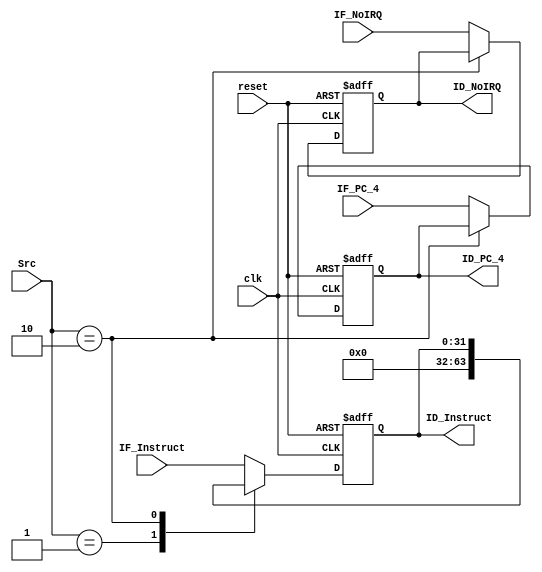
module IF_ID(
    input reset, clk,
    input [1:0] Src,

    input [31:0] IF_PC_4,
    input [31:0] IF_Instruct,
    input IF_NoIRQ,

    output reg [31:0] ID_PC_4,
    output reg [31:0] ID_Instruct,
    output reg ID_NoIRQ
);
always @(negedge reset or posedge clk) begin
    if (~reset) begin
        ID_PC_4 <= 32'b0;
        ID_Instruct <= 32'b0;
        ID_NoIRQ <= 0;
    end else
    case (Src)
        0:begin
            ID_PC_4 <= IF_PC_4;
            ID_Instruct <= IF_Instruct;
            ID_NoIRQ <= IF_NoIRQ;
        end
        1:begin // stall
            ID_PC_4 <= IF_PC_4; // PC_4stall
            ID_Instruct <= 32'b0;
            ID_NoIRQ <= IF_NoIRQ;
        end
        2:begin // hold
            ID_PC_4 <= ID_PC_4;
            ID_Instruct <= ID_Instruct;
            ID_NoIRQ <= ID_NoIRQ;
        end
        default:begin
            ID_PC_4 <= IF_PC_4;
            ID_Instruct <= IF_Instruct;
            ID_NoIRQ <= IF_NoIRQ;
        end
    endcase
end
endmodule

module ID_EX(
    input reset, clk, Stall,

    input [31:0] ID_PC_4,
    input [4:0] ID_Shamt,
    input [4:0] ID_Rd, ID_Rt, ID_Rs,
    input [31:0] ID_DataBusA, ID_DataBusB,
    input ID_ALUSrc1, ID_ALUSrc2,
    input [1:0] ID_RegDst,
    input ID_RegWr,
    input [5:0] ID_ALUFun,
    input ID_MemWr, ID_MemRd,
    input [1:0] ID_MemToReg,
    input [31:0] ID_LUOut,

    output reg [31:0] EX_PC_4,
    output reg [4:0] EX_Shamt,
    output reg [4:0] EX_Rd, EX_Rt, EX_Rs,
    output reg [31:0] EX_DataBusA, EX_DataBusB,
    output reg EX_ALUSrc1, EX_ALUSrc2,
    output reg [1:0] EX_RegDst,
    output reg EX_RegWr,
    output reg [5:0] EX_ALUFun,
    output reg EX_MemWr, EX_MemRd,
    output reg [1:0] EX_MemToReg,
    output reg [31:0] EX_LUOut
);
always @(negedge reset or posedge clk) begin
    if (~reset) begin
        EX_PC_4 <= 32'b0;
        EX_Shamt <= 5'b0;
        EX_Rd <= 5'b0;
        EX_Rt <= 5'b0;
        EX_Rs <= 5'b0;
        EX_DataBusA <= 32'b0;
        EX_DataBusB <= 32'b0;
        EX_ALUSrc1 <= 1'b0;
        EX_ALUSrc2 <= 1'b0;
        EX_RegDst <= 2'b0;
        EX_RegWr <= 1'b0;
        EX_ALUFun <= 6'b0;
        EX_MemWr <= 1'b0;
        EX_MemRd <= 1'b0;
        EX_MemToReg <= 2'b0;
        EX_LUOut <= 32'b0;
    end else
    if (Stall) begin
        EX_PC_4 <= ID_PC_4; // PC_4stall
        EX_Shamt <= 5'b0;
        EX_Rd <= 5'b0;
        EX_Rt <= 5'b0;
        EX_Rs <= 5'b0;
        EX_DataBusA <= 32'b0;
        EX_DataBusB <= 32'b0;
        EX_ALUSrc1 <= 1'b0;
        EX_ALUSrc2 <= 1'b0;
        EX_RegDst <= 2'b0;
        EX_RegWr <= 1'b0;
        EX_ALUFun <= 6'b0;
        EX_MemWr <= 1'b0;
        EX_MemRd <= 1'b0;
        EX_MemToReg <= 2'b0;
        EX_LUOut <= 32'b0;
    end else begin
        EX_PC_4 <= reset ? ID_PC_4 : 32'b0;
        EX_Shamt <= ID_Shamt;
        EX_Rd <= ID_Rd;
        EX_Rt <= ID_Rt;
        EX_Rs <= ID_Rs;
        EX_DataBusA <= ID_DataBusA;
        EX_DataBusB <= ID_DataBusB;
        EX_ALUSrc1 <= ID_ALUSrc1;
        EX_ALUSrc2 <= ID_ALUSrc2;
        EX_RegDst <= ID_RegDst;
        EX_RegWr <= ID_RegWr;
        EX_ALUFun <= ID_ALUFun;
        EX_MemWr <= ID_MemWr;
        EX_MemRd <= ID_MemRd;
        EX_MemToReg <= ID_MemToReg;
        EX_LUOut <= ID_LUOut;
    end
end
endmodule

module EX_MEM(
    input reset, clk,

    input [31:0] EX_PC_4,
    input [4:0] EX_Rd, EX_Rt,
    input [31:0] EX_ALUOut,
    input [31:0] EX_DataBusB,
    input [1:0] EX_RegDst,
    input EX_RegWr,
    input EX_MemWr, EX_MemRd,
    input [1:0] EX_MemToReg,

    output reg [31:0] MEM_PC_4,
    output reg [4:0] MEM_Rd, MEM_Rt,
    output reg [31:0] MEM_ALUOut,
    output reg [31:0] MEM_DataBusB,
    output reg [1:0] MEM_RegDst,
    output reg MEM_RegWr,
    output reg MEM_MemWr, MEM_MemRd,
    output reg [1:0] MEM_MemToReg
);
always @(negedge reset or posedge clk) begin
    if (~reset) begin
        MEM_PC_4 <= 32'b0;
        MEM_Rd <= 5'b0;
        MEM_Rt <= 5'b0;
        MEM_ALUOut <= 32'b0;
        MEM_DataBusB <= 32'b0;
        MEM_RegDst <= 2'b0;
        MEM_RegWr <= 1'b0;
        MEM_MemWr <= 1'b0;
        MEM_MemRd <= 1'b0;
        MEM_MemToReg <= 2'b0;
    end else begin
        MEM_PC_4 <= EX_PC_4;
        MEM_Rd <= EX_Rd;
        MEM_Rt <= EX_Rt;
        MEM_ALUOut <= EX_ALUOut;
        MEM_DataBusB <= EX_DataBusB;
        MEM_RegDst <= EX_RegDst;
        MEM_RegWr <= EX_RegWr;
        MEM_MemWr <= EX_MemWr;
        MEM_MemRd <= EX_MemRd;
        MEM_MemToReg <= EX_MemToReg;
    end
end
endmodule

module MEM_WB(
    input reset, clk,

    input [31:0] MEM_PC_4,
    input [4:0] MEM_Rd, MEM_Rt,
    input [1:0] MEM_RegDst,
    input MEM_RegWr,
    input [1:0] MEM_MemToReg,
    input [31:0] MEM_ALUOut, MEM_MemOut,

    output reg [31:0] WB_PC_4,
    output reg [4:0] WB_Rd, WB_Rt,
    output reg [1:0] WB_RegDst,
    output reg WB_RegWr,
    output reg [1:0] WB_MemToReg,
    output reg [31:0] WB_ALUOut, WB_MemOut
);
always @(negedge reset or posedge clk) begin
    if (~reset) begin
        WB_PC_4 <= 32'b0;
        WB_Rd <= 2'b0;
        WB_Rt <= 2'b0;
        WB_RegDst <= 2'b0;
        WB_RegWr <= 1'b0;
        WB_MemToReg <= 2'b0;
        WB_ALUOut <= 2'b0;
        WB_MemOut <= 2'b0;
    end else begin
        WB_PC_4 <= MEM_PC_4;
        WB_Rd <= MEM_Rd;
        WB_Rt <= MEM_Rt;
        WB_RegDst <= MEM_RegDst;
        WB_RegWr <= MEM_RegWr;
        WB_MemToReg <= MEM_MemToReg;
        WB_ALUOut <= MEM_ALUOut;
        WB_MemOut <= MEM_MemOut;
    end
end
endmodule